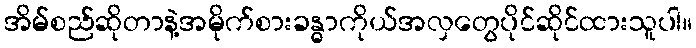
အိမ်စည်ဆိုတာနဲ့အမိုက်စားခန္ဓာကိုယ်အလှတွေပိုင်ဆိုင်ထားသူပါ။